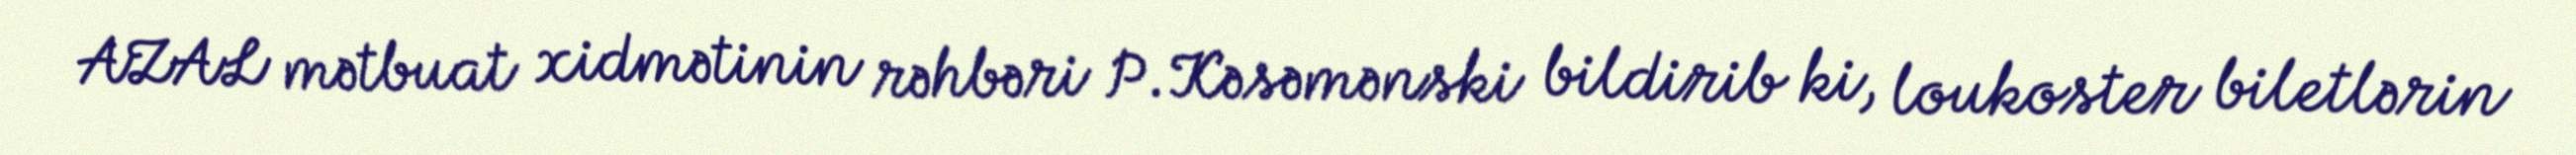
AZAL mətbuat xidmətinin rəhbəri P.Kəsəmənski bildirib ki, loukoster biletlərin